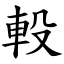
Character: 軗